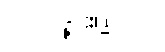
耕謫